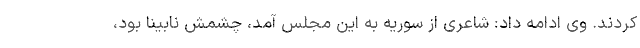
کردند. وی ادامه داد: شاعری از سوریه به این مجلس آمد، چشمش نابینا بود،